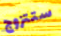
ستتزوج